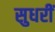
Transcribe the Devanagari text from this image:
सुधरीं